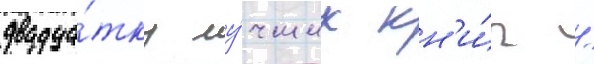
двадца́тку лу́чших кн'и́г /